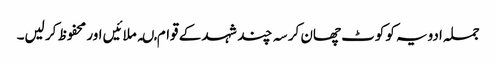
جملہ ادویہ کو کوٹ چھان کر سہ چند شہد کے قوام مںہ ملائیں اور محفوظ کر لیں۔